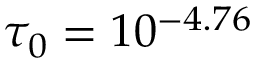
\tau _ { 0 } = 1 0 ^ { - 4 . 7 6 }